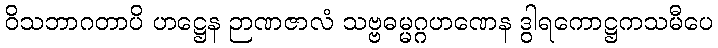
ဝိသဘာဂတာပိ ဟဋ္ဌေန ဉာဏဇာလံ သဗ္ဗဓမ္မဂ္ဂဟဏေန ဒွါရကောဋ္ဌကသမီပေ